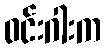
ဝင်းဂါးက